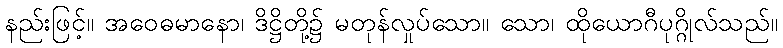
နည်းဖြင့်။ အဝေဓမာနော၊ ဒိဋ္ဌိတို့၌ မတုန်လှုပ်သော။ သော၊ ထိုယောဂီပုဂ္ဂိုလ်သည်။